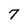
Character: 7